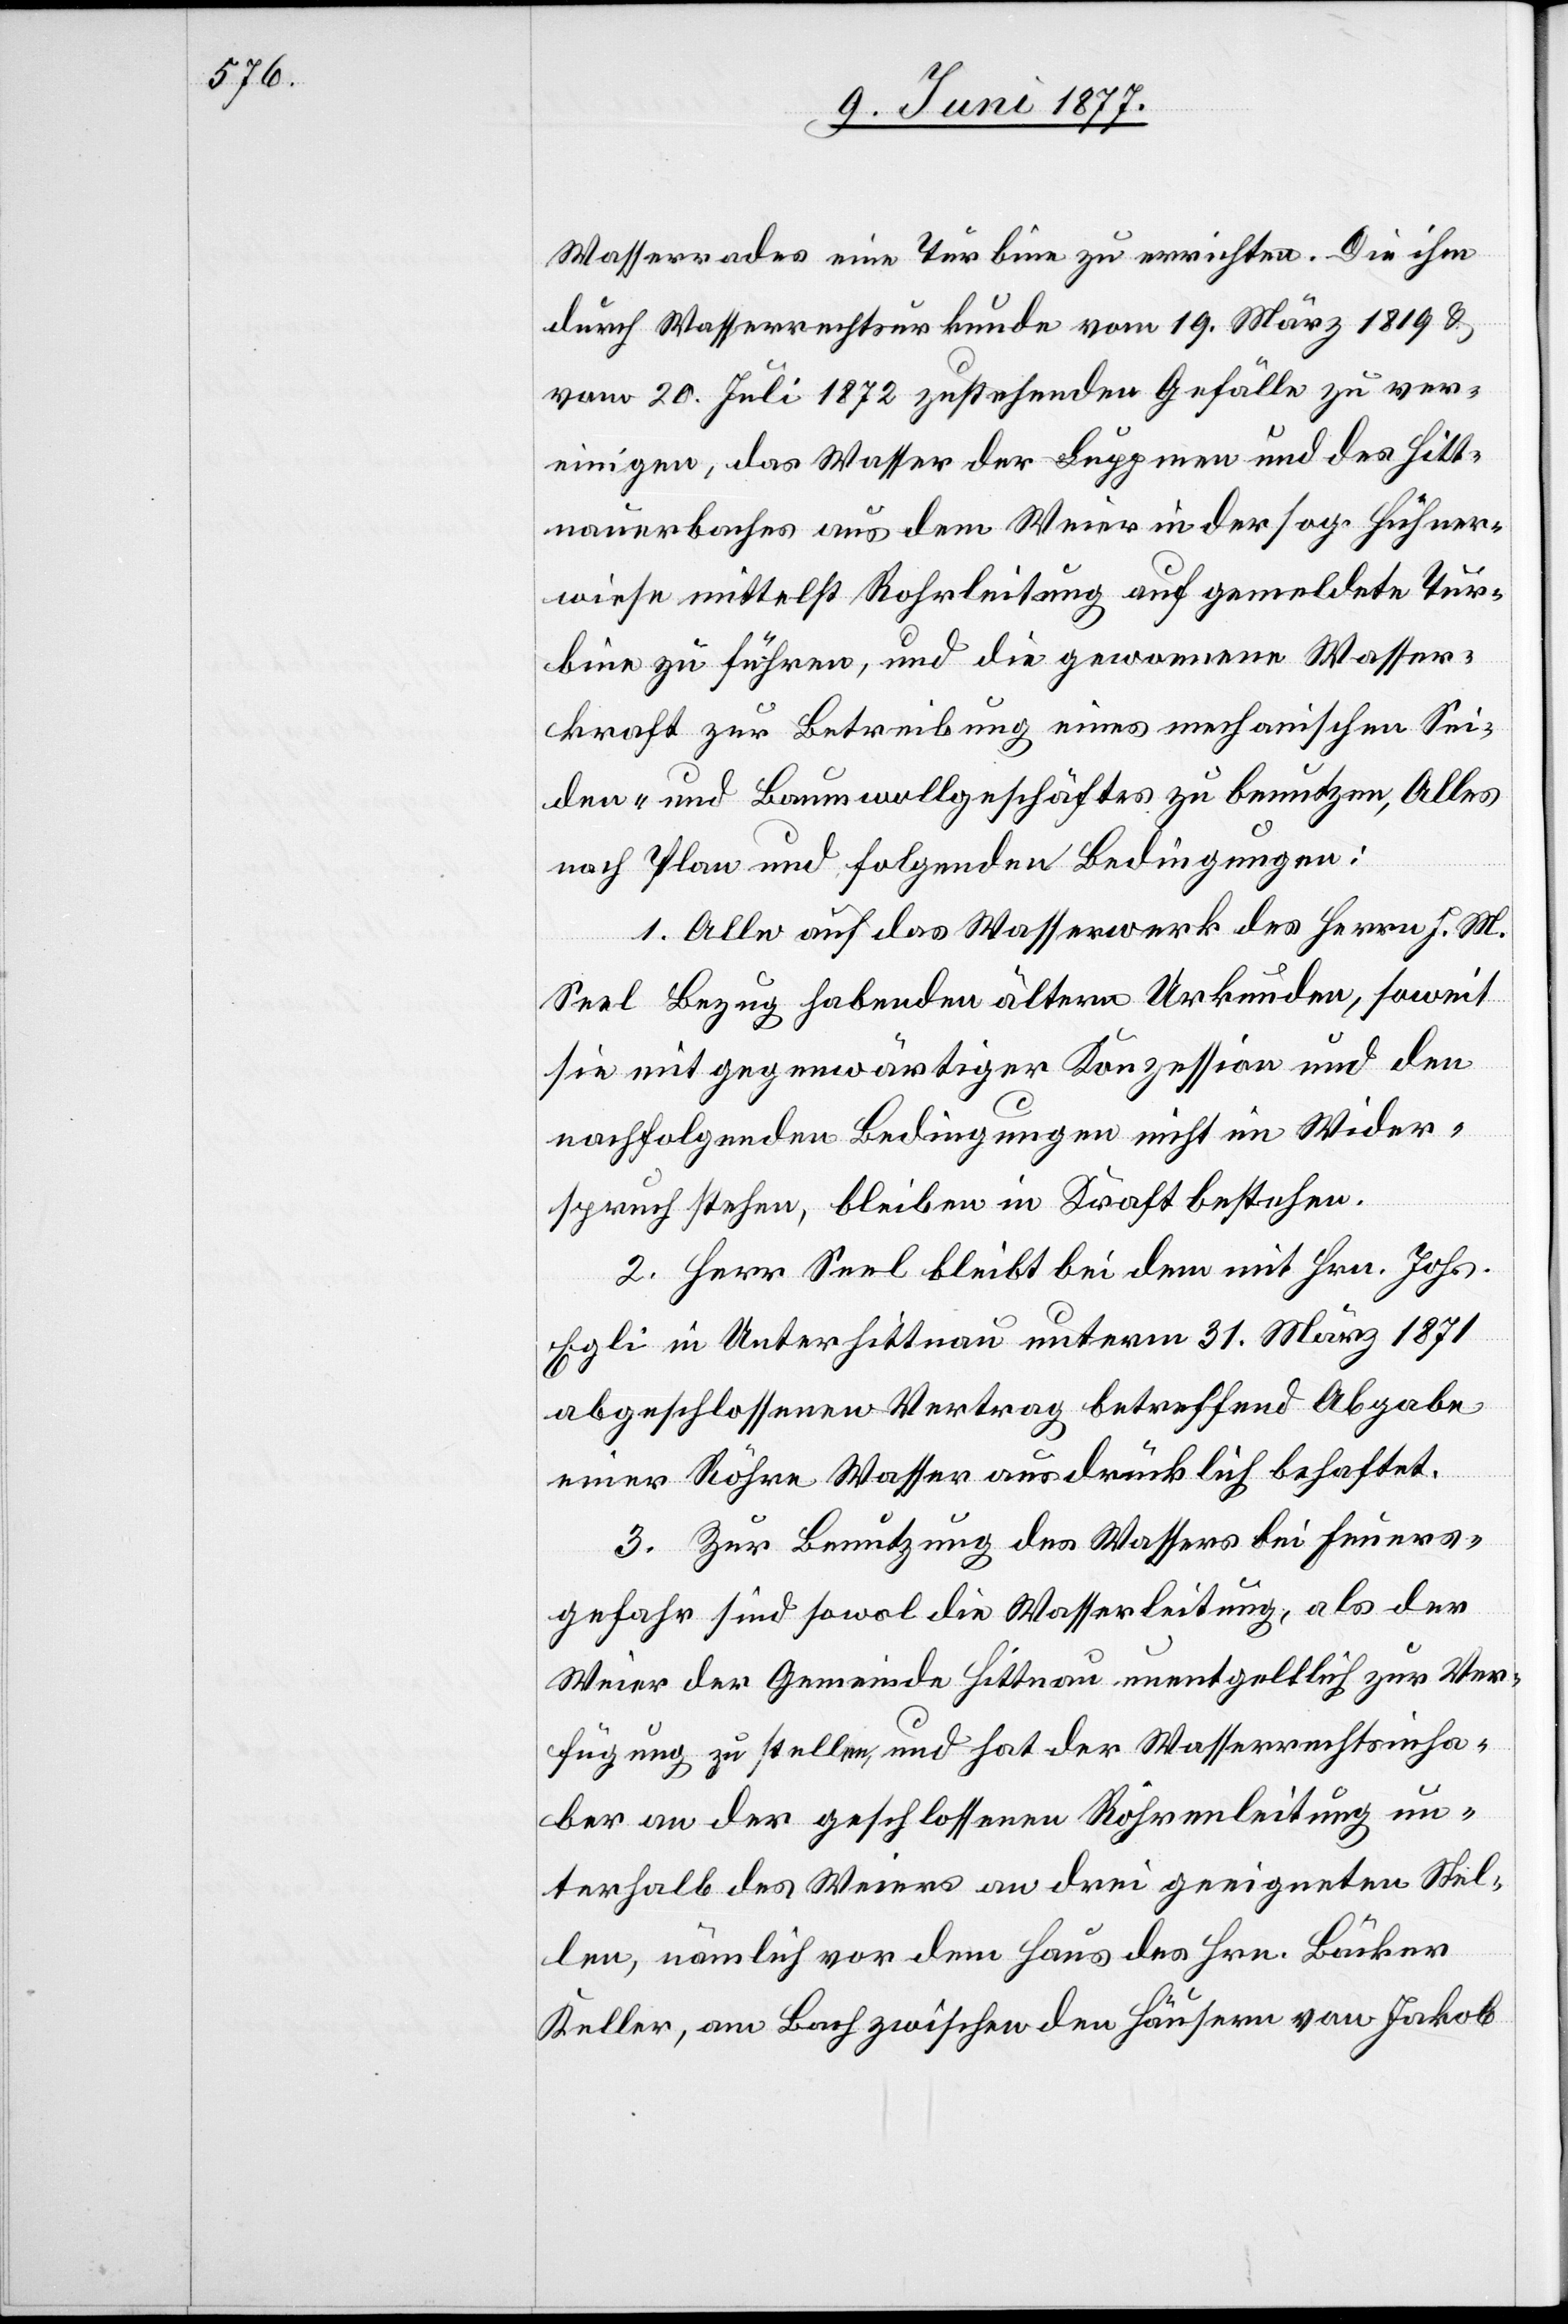
Wasserrades eine Turbine zu errichten. Die ihm
durch Wasserrechtsurkunde vom 19. März 1819 &
vom 20. Juli 1772 zustehenden Gefälle zu ver¬
einigen, das Wasser der Luppmen und des Hitt¬
nauerbaches aus dem Weier in der sog. Hühner¬
wiese mittelst Rohrleitung auf gemeldete Tur¬
bine zu führen, und die gewonnene Wasser¬
kraft zur Betreibung eines mechanischen Sei¬
den- und Baumwollgeschäftes zu benutzen, Alles
nach Plan und folgenden Bedingungen:
1. Alle auf das Wasserwerk des Herrn J. M.
Seel Bezug habenden ältern Urkunden, soweit
sie mit gegenwärtiger Konzession und den
nachfolgenden Bedingungen nicht im Wieder¬
spruch stehen, bleiben in Kraft bestehen.
2. Herr Seel bleibt bei dem mit Hrn. Johs.
Egli in Unterhittnau unterm 31. März 1871
abgeschlossenen Vertrag betreffend Abgabe
einer Röhre Wasser ausdrücklich behaftet.
3. Zur Benutzung des Wassers bei Feuers¬
gefahr sind sowol die Wasserleitung, als der
Weier der Gemeinde Hittnau unentgeltlich zur Ver¬
fügung zu stellen, und hat der Wasserrechtsinha¬
ber an der geschlossenen Röhrenleitung un¬
terhalb des Weiers an drei geeigneten Stel¬
len, nämlich vor dem Haus des Hrn. Bäcker
Keller, am Bach zwischen den Häusern von Jakob